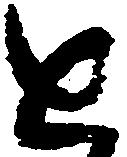
進